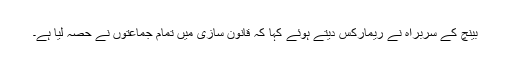
بینچ کے سربراہ نے ریمارکس دیتے ہوئے کہا کہ قانون سازی میں تمام جماعتوں نے حصہ لیا ہے۔